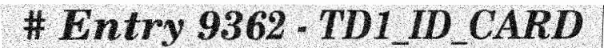
# Entry 9362 - TD1_ID_CARD